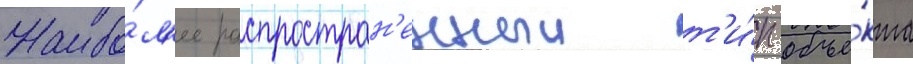
Наибо́л'ее распростран'енныи т'и́п объе́кта